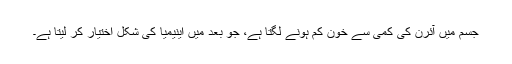
جسم میں آئرن کی کمی سے خون کم ہونے لگتا ہے، جو بعد میں اینیمیا کی شکل اختیار کر لیتا ہے۔